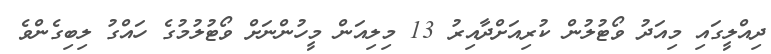
ދިއްލީގައި މިއަދު ވޯޓުލުން ކުރިއަށްދާއިރު 13 މިލިއަން މީހުންނަށް ވޯޓުލުމުގެ ހައްގު ލިބިގެންވެ